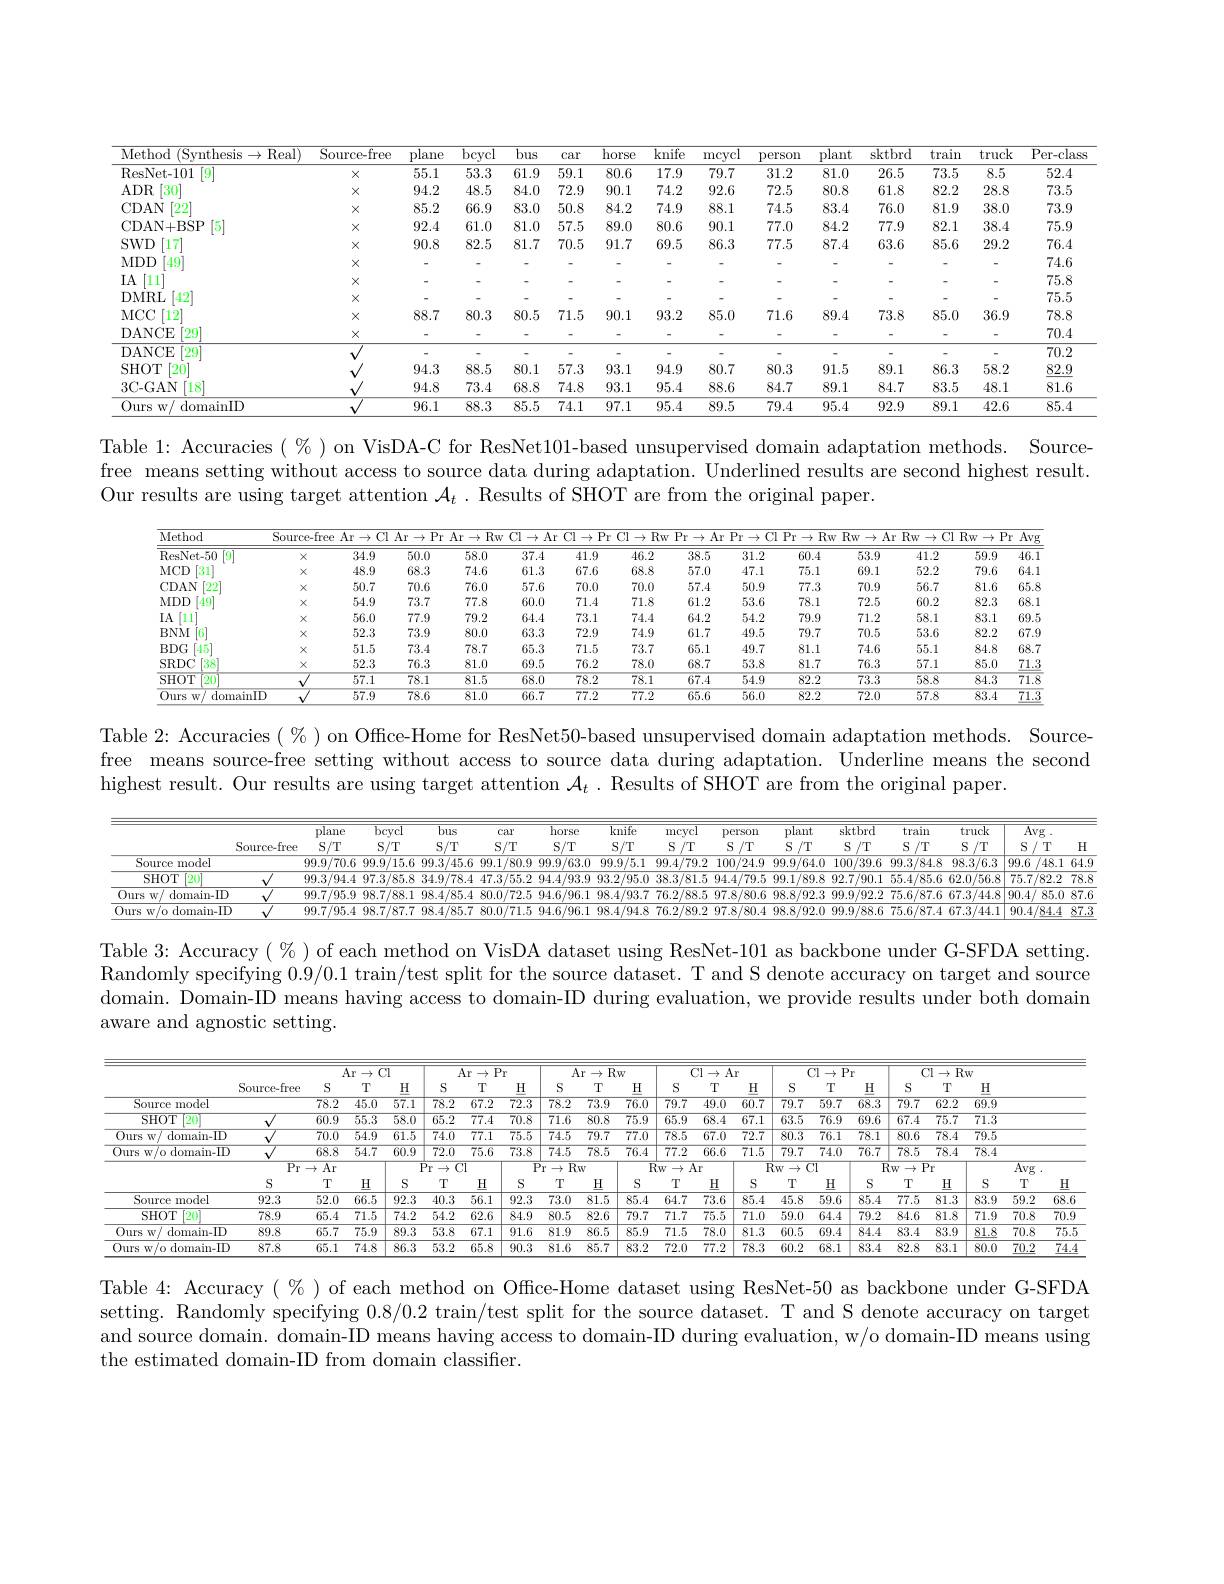
<table>
	<tbody>
		<tr>
			<th>Method (Synthesis$\to$Real)</th>
			<th>Source-free</th>
			<th>plane</th>
			<th>bcycl</th>
			<th>$\overline{bus}$</th>
			<th>car</th>
			<th>horse</th>
			<th>knife</th>
			<th>mcycl</th>
			<th>person</th>
			<th>plant</th>
			<th>sktbrd</th>
			<th>train</th>
			<th>truck</th>
			<th>Per- class</th>
		</tr>
		<tr>
			<td>ResNet- 101 $[9^{\cdot}$</td>
			<td>$X$</td>
			<td>55.1</td>
			<td>53.3</td>
			<td>61.9</td>
			<td>59.1</td>
			<td>80.6</td>
			<td>17.9</td>
			<td>79.7</td>
			<td>31.2</td>
			<td>81.0</td>
			<td>26.5</td>
			<td>73.5</td>
			<td>8.5</td>
			<td>52.4</td>
		</tr>
		<tr>
			<td>$ADR$ $\lceil30\rceil$</td>
			<td>$X$</td>
			<td>94.2</td>
			<td>48.5</td>
			<td>84.0</td>
			<td>72.9</td>
			<td>90.1</td>
			<td>74.2</td>
			<td>92.6</td>
			<td>72.5</td>
			<td>80.8</td>
			<td>61.8</td>
			<td>82.2</td>
			<td>28.8</td>
			<td>73.5</td>
		</tr>
		<tr>
			<td>$\left\lceil22\right\rceil$ CDAN</td>
			<td>$X$</td>
			<td>85.2</td>
			<td>66.9</td>
			<td>83.0</td>
			<td>50.8</td>
			<td>84.2</td>
			<td>74.9</td>
			<td>88.1</td>
			<td>74.5</td>
			<td>83.4</td>
			<td>76.0</td>
			<td>81.9</td>
			<td>38.0</td>
			<td>73.9</td>
		</tr>
		<tr>
			<td>[5] CDAN+ BSP</td>
			<td>$X$</td>
			<td>92.4</td>
			<td>61.0</td>
			<td>81.0</td>
			<td>57.5</td>
			<td>89.0</td>
			<td>80.6</td>
			<td>90.1</td>
			<td>77.0</td>
			<td>84.2</td>
			<td>77.9</td>
			<td>82.1</td>
			<td>38.4</td>
			<td>75.9</td>
		</tr>
		<tr>
			<td>$SWD$ [17]</td>
			<td>$X$</td>
			<td>90.8</td>
			<td>82.5</td>
			<td>81.7</td>
			<td>70.5</td>
			<td>91.7</td>
			<td>69.5</td>
			<td>86.3</td>
			<td>77.5</td>
			<td>87.4</td>
			<td>63.6</td>
			<td>85.6</td>
			<td>29.2</td>
			<td>76.4</td>
		</tr>
		<tr>
			<td>[49] $MDD$</td>
			<td>$X$</td>
			<td> </td>
			<td> </td>
			<td> </td>
			<td> </td>
			<td> </td>
			<td> </td>
			<td> </td>
			<td> </td>
			<td> </td>
			<td> </td>
			<td> </td>
			<td> </td>
			<td>74.6</td>
		</tr>
		<tr>
			<td>IA $[11]^{*}$</td>
			<td>$X$</td>
			<td> </td>
			<td> </td>
			<td> </td>
			<td> </td>
			<td> </td>
			<td> </td>
			<td> </td>
			<td> </td>
			<td> </td>
			<td> </td>
			<td> </td>
			<td> </td>
			<td>75.8</td>
		</tr>
		<tr>
			<td>DMRL [42]</td>
			<td>$X$</td>
			<td> </td>
			<td> </td>
			<td> </td>
			<td> </td>
			<td> </td>
			<td> </td>
			<td> </td>
			<td> </td>
			<td> </td>
			<td> </td>
			<td> </td>
			<td> </td>
			<td>75.5</td>
		</tr>
		<tr>
			<td>MCC [12]</td>
			<td>$X$</td>
			<td>88.7</td>
			<td>80.3</td>
			<td>80.5</td>
			<td>71.5</td>
			<td>90.1</td>
			<td>93.2</td>
			<td>85.0</td>
			<td>71.6</td>
			<td>89.4</td>
			<td>73.8</td>
			<td>85.0</td>
			<td>36.9</td>
			<td>78.8</td>
		</tr>
		<tr>
			<td>DANCE $\lceil29\rceil$</td>
			<td>$X$</td>
			<td> </td>
			<td> </td>
			<td> </td>
			<td> </td>
			<td> </td>
			<td> </td>
			<td> </td>
			<td> </td>
			<td> </td>
			<td> </td>
			<td> </td>
			<td> </td>
			<td>70.4</td>
		</tr>
		<tr>
			<td>DANCE $\lceil29\rceil$</td>
			<td> </td>
			<td> </td>
			<td> </td>
			<td> </td>
			<td> </td>
			<td> </td>
			<td> </td>
			<td> </td>
			<td> </td>
			<td> </td>
			<td> </td>
			<td> </td>
			<td> </td>
			<td>70.2</td>
		</tr>
		<tr>
			<td>$\lceil20\rceil$ SHOT</td>
			<td> </td>
			<td>94.3</td>
			<td>88.5</td>
			<td>80.1</td>
			<td>57.3</td>
			<td>93.1</td>
			<td>94.9</td>
			<td>80.7</td>
			<td>80.3</td>
			<td>91.5</td>
			<td>89.1</td>
			<td>86.3</td>
			<td>58.2</td>
			<td>$\underline{82.9}$</td>
		</tr>
		<tr>
			<td>$3C-GAN$ [18]</td>
			<td> </td>
			<td>94.8</td>
			<td>73.4</td>
			<td>68.8</td>
			<td>74.8</td>
			<td>93.1</td>
			<td>95.4</td>
			<td>88.6</td>
			<td>84.7</td>
			<td>89.1</td>
			<td>84.7</td>
			<td>83.5</td>
			<td>48.1</td>
			<td>81.6</td>
		</tr>
		<tr>
			<td>0urs w/ o domainID</td>
			<td> </td>
			<td>96.1</td>
			<td>88.3</td>
			<td>85.5</td>
			<td>74.1</td>
			<td>97.1</td>
			<td>95.4</td>
			<td>89.5</td>
			<td>79.4</td>
			<td>95.4</td>
			<td>92.9</td>
			<td>89.1</td>
			<td>42.6</td>
			<td>85.4</td>
		</tr>
	</tbody>
</table>

Table 1: Accuracies $(\%)$ on VisDA-C for ResNet101-based unsupervised domain adaptation methods. Sourcefree means setting without access to source data during adaptation. Underlined results are second highest result. Our results are using target attention $\mathcal{A}_t$ . Results of SHOT are from the original paper.

<table>
	<tbody>
		<tr>
			<th>Method</th>
			<th>Source-free</th>
			<th>$\overline{\mathrm{Ar}\to\mathrm{Cl}}$</th>
			<th>Ar $Pr$ $\rightarrow$ C</th>
			<th>$\overline{\mathrm{Ar}\to}$ $Rw$</th>
			<th>$\overline{\mathrm{Cl}\to.}$ Ar</th>
			<th>$\overline{\mathrm{Cl}\rightarrow}$ $Pr$</th>
			<th>Cl $Rw$ $1\rightarrow$</th>
			<th>$\overline{\mathrm{Pr}\to\iota}$ $Ar$ </th>
			<th>$Pr$ $\rightarrow$ $C$ 1 T T</th>
			<th>$\overline{\mathrm{Pr}\rightarrow}$ $Rw$</th>
			<th>$Rw$ $i\to\mathbb{A}$</th>
			<th>$Rw$ .1 $\rightarrow$ C</th>
			<th>lRw P $'\to1$ ,</th>
			<th>$\overline{\mathrm{Avg}}$ $Y$ </th>
		</tr>
		<tr>
			<td>ResNet- 50 [9]</td>
			<td>$X$</td>
			<td>34.9</td>
			<td>50.0</td>
			<td>58.0</td>
			<td>37.4</td>
			<td>41.9</td>
			<td>46.2</td>
			<td>38.5</td>
			<td>31.2</td>
			<td>60.4</td>
			<td>53.9</td>
			<td>41.2</td>
			<td>59.9</td>
			<td>46.1</td>
		</tr>
		<tr>
			<td>$MCD$ $\begin{bmatrix}31\\31\end{bmatrix}$</td>
			<td>$X$</td>
			<td>48.9</td>
			<td>68.3</td>
			<td>74.6</td>
			<td>61.3</td>
			<td>67.6</td>
			<td>68.8</td>
			<td>57.0</td>
			<td>47.1</td>
			<td>75.1</td>
			<td>69.1</td>
			<td>52.2</td>
			<td>79.6</td>
			<td>64.1</td>
		</tr>
		<tr>
			<td>CDAN $\lceil22$</td>
			<td>$X$</td>
			<td>50.7</td>
			<td>70.6</td>
			<td>76.0</td>
			<td>57.6</td>
			<td>70.0</td>
			<td>70.0</td>
			<td>57.4</td>
			<td>50.9</td>
			<td>77.3</td>
			<td>70.9</td>
			<td>56.7</td>
			<td>81.6</td>
			<td>65.8</td>
		</tr>
		<tr>
			<td>$MDD$ $[49]^*$</td>
			<td>$X$</td>
			<td>54.9</td>
			<td>73.7</td>
			<td>77.8</td>
			<td>60.0</td>
			<td>71.4</td>
			<td>71.8</td>
			<td>61.2</td>
			<td>53.6</td>
			<td>78.1</td>
			<td>72.5</td>
			<td>60.2</td>
			<td>82.3</td>
			<td>68.1</td>
		</tr>
		<tr>
			<td>IA [11]</td>
			<td>$X$</td>
			<td>56.0</td>
			<td>77.9</td>
			<td>79.2</td>
			<td>64.4</td>
			<td>73.1</td>
			<td>74.4</td>
			<td>64.2</td>
			<td>54.2</td>
			<td>79.9</td>
			<td>71.2</td>
			<td>58.1</td>
			<td>83.1</td>
			<td>69.5</td>
		</tr>
		<tr>
			<td>$BNM$ 6</td>
			<td>$X$</td>
			<td>52.3</td>
			<td>73.9</td>
			<td>80.0</td>
			<td>63.3</td>
			<td>72.9</td>
			<td>74.9</td>
			<td>61.7</td>
			<td>49.5</td>
			<td>79.7</td>
			<td>70.5</td>
			<td>53.6</td>
			<td>82.2</td>
			<td>67.9</td>
		</tr>
		<tr>
			<td>$BDG$ $\left[45\right.^{*}$</td>
			<td>$X$</td>
			<td>51.5</td>
			<td>73.4</td>
			<td>78.7</td>
			<td>65.3</td>
			<td>71.5</td>
			<td>73.7</td>
			<td>65.1</td>
			<td>49.7</td>
			<td>81.1</td>
			<td>74.6</td>
			<td>55.1</td>
			<td>84.8</td>
			<td>68.7</td>
		</tr>
		<tr>
			<td>SRDC $[38^{\prime}]$</td>
			<td>$X$</td>
			<td>52.3</td>
			<td>76.3</td>
			<td>81.0</td>
			<td>69.5</td>
			<td>76.2</td>
			<td>78.0</td>
			<td>68.7</td>
			<td>53.8</td>
			<td>81.7</td>
			<td>76.3</td>
			<td>57.1</td>
			<td>85.0</td>
			<td>71.3</td>
		</tr>
		<tr>
			<td>SHOT $\boxed{20}$</td>
			<td> </td>
			<td>$\overline{57.1}$</td>
			<td>$\overline{78.1}$</td>
			<td>$\overline{81.5}$</td>
			<td>$\overline{68.0}$</td>
			<td>78.2</td>
			<td>$\overline{78.1}$</td>
			<td>$\overline{67.4}$</td>
			<td>$\overline{54.9}$</td>
			<td>82.2</td>
			<td>$\overline{73.3}$</td>
			<td>$\overline{58.8}$</td>
			<td>$\overline{84.3}$</td>
			<td>71.8</td>
		</tr>
		<tr>
			<td>Ours 3 W/ domainID 1</td>
			<td> </td>
			<td>57.9</td>
			<td>78.6</td>
			<td>81.0</td>
			<td>$\overline{66.7}$</td>
			<td>77.2</td>
			<td>77.2</td>
			<td>$\overline{65.6}$</td>
			<td>56.0</td>
			<td>82.2</td>
			<td>72.0</td>
			<td>57.8</td>
			<td>83.4</td>
			<td>$\underline{71.3}$</td>
		</tr>
	</tbody>
</table>

Table 2: Accuracies $(\%)$ on Office-Home for ResNet50-based unsupervised domain adaptation methods. Sourcefree means source-free setting without access to source data during adaptation. Underline means the second highest result. Our results are using target attention $\mathcal{A}_t.$ Results of SHOT are from the original paper.

<table>
	<tbody>
		<tr>
			<th> </th>
			<th> </th>
			<th>plane</th>
			<th>bcycl</th>
			<th rowspan="2">$\overline{\text{bus}}$ $S/T$</th>
			<th>car</th>
			<th rowspan="2">horse $S/T$</th>
			<th>knife</th>
			<th>mcvcl</th>
			<th>plant $\nu ll$</th>
			<th>sktbro</th>
			<th>train</th>
			<th>truck</th>
			<th rowspan="2">$\overline{\mathrm{Avg~}}.$ S $f^{\prime}$ T T</th>
			<th> </th>
		</tr>
		<tr>
			<th> </th>
			<th>Source. -free</th>
			<th>$S/T$</th>
			<th>$S/T$</th>
			<th>$S/T$</th>
			<th>$S/T$</th>
			<th>S $/^{\prime}$T</th>
			<th>S $/T$ 1</th>
			<th>S $/T$</th>
			<th>S /T</th>
			<th>S $I^{\prime}T$</th>
			<th>$H$</th>
		</tr>
		<tr>
			<td>Source model</td>
			<td> </td>
			<td>99.9/70.6</td>
			<td>99.9/15.6</td>
			<td>99.3/45.6</td>
			<td>99.1/80.9</td>
			<td>99.9/63.0</td>
			<td>99.9/5.1</td>
			<td>99.4/79.2</td>
			<td>4.9 99.9/6</td>
			<td>0 100 39</td>
			<td>6 99.3/84.</td>
			<td>98.3/6.3</td>
			<td>99.6 /48.1</td>
			<td>$\overline{64}$</td>
		</tr>
		<tr>
			<td>SHOT [20]</td>
			<td> </td>
			<td>99.3/94.4</td>
			<td>97.3/85.8</td>
			<td>34.9/78.4</td>
			<td>47.3/55.2</td>
			<td>94.4/93.9</td>
			<td>93.2/95.0</td>
			<td>38.3/81.5</td>
			<td>9.5 99.1/8 1</td>
			<td>92.7/90 8</td>
			<td>1 55.4/85.</td>
			<td>62.0/56. T</td>
			<td>75.7/82.2</td>
			<td>$\overline{78}.$</td>
		</tr>
		<tr>
			<td>0urs w/ c domain-ID</td>
			<td> </td>
			<td>99.7/95.9</td>
			<td>98.7/88.1</td>
			<td>98.4/85.4</td>
			<td>80.0/72.5</td>
			<td>94.6/96.1</td>
			<td>98.4/93.7</td>
			<td>76.2/88.5</td>
			<td>0.6 98.8/9</td>
			<td>3 99.9/ /92</td>
			<td>2 75.6/87. 7 1</td>
			<td>67.3/44.5 T</td>
			<td>90.4/ 85.0</td>
			<td>$\overline{87}$</td>
		</tr>
		<tr>
			<td>Ours w/o domain-ID</td>
			<td> </td>
			<td>99.7/95.4</td>
			<td>98.7/87.7</td>
			<td>98.4/85.7</td>
			<td>80.0/71.5</td>
			<td>94.6/96.1</td>
			<td>98.4/94.8</td>
			<td>76.2/89.2</td>
			<td>0.4 98.8/9</td>
			<td>0 99.9/88</td>
			<td>6 75.6/87.</td>
			<td>67.3/44. 4</td>
			<td>90.4/84.4 1</td>
			<td>$\underline{87}$</td>
		</tr>
	</tbody>
</table>

Table 3: Accuracy( % )of each method on VisDA dataset using ResNet-101 as backbone under G-SFDA setting. Randomly specifying 0.9/0.1 train/test split for the source dataset. T and S denote accuracy on target and source domain. Domain-ID means having access to domain-ID during evaluation, we provide results under both domain aware and agnostic setting.

<table>
	<tbody>
		<tr>
			<th> </th>
			<th> </th>
			<th colspan="3">Ar$\to$Cl</th>
			<th colspan="2">Ar$\to$Pr</th>
			<th> </th>
			<th colspan="3">Ar$\to$Rw</th>
			<th> </th>
			<th colspan="3">Cl$\to$Ar</th>
			<th colspan="2">Cl$\to$Pr</th>
			<th> </th>
			<th colspan="4">Cl$\to$Rw</th>
		</tr>
		<tr>
			<th> </th>
			<th>Source-free</th>
			<th>S</th>
			<th>T</th>
			<th>H</th>
			<th>S</th>
			<th>H</th>
			<th>I S</th>
			<th>$T$</th>
			<th>$T$</th>
			<th>H</th>
			<th>S</th>
			<th>$T$</th>
			<th>H</th>
			<th>$H$</th>
			<th>S</th>
			<th>T</th>
			<th>1 $S_{ij}$</th>
			<th>T</th>
			<th>$H$</th>
			<th> </th>
			<th> </th>
		</tr>
		<tr>
			<td>Source model</td>
			<td> </td>
			<td>$\overline{78.2}$</td>
			<td>$\overline{45.0}$</td>
			<td>$\overline{57.1}$</td>
			<td>$\overline{78.2}$</td>
			<td>$\overline{72.3}$</td>
			<td>$.\overline{3}$ 78.</td>
			<td>$\overline{73.}$ .2</td>
			<td>$\overline{3.9}$ 7</td>
			<td>$\overline{76.0}$</td>
			<td>$\overline{79.7}$</td>
			<td>$\overline{49.0}$</td>
			<td>0 $\overline{60.7}$</td>
			<td>$\overline{60.7}$</td>
			<td>$\overline{79.7}$</td>
			<td>$\overline{9.7}$ $\overline{68}$</td>
			<td>$\overline{1.3}$ $\overline{79}$</td>
			<td>$\overline{62.2}$ 7</td>
			<td>$\overline{69.9}$</td>
			<td> </td>
			<td> </td>
		</tr>
		<tr>
			<td>SHOT $\lceil20\rceil$</td>
			<td> </td>
			<td>$\overline{60.9}$</td>
			<td>$\overline{55.3}$</td>
			<td>$\overline{58.0}$</td>
			<td>$\overline{5.2}$</td>
			<td>$\overline{70.8}$</td>
			<td>$\overline{.8}$ $\overline{71}$</td>
			<td>$\overline{80.}$ .6</td>
			<td>${:}\overline{0.8}$ 7</td>
			<td>$\overline{75.9}$</td>
			<td>$\overline{65.9}$</td>
			<td>$\overline{68.4}$</td>
			<td>4 $\overline{67.1}$</td>
			<td>$\overline{67.1}$</td>
			<td>$\overline{63.5}$</td>
			<td>$\overline{6.9}$ $\overline{6}!$</td>
			<td>$\overline{1.6}$ $\overline{67}$</td>
			<td>$\overline{75.7}$ 4</td>
			<td>$\overline{71.3}$</td>
			<td> </td>
			<td> </td>
		</tr>
		<tr>
			<td>Ours w/ domain-ID</td>
			<td> </td>
			<td>$\overline{70.0}$</td>
			<td>$\overline{54.9}$</td>
			<td>51.5</td>
			<td>$\overline{74.0}$</td>
			<td>$\overline{75.5}$</td>
			<td>.5 $\overline{74}.$</td>
			<td>.5 $\overline{79.}$</td>
			<td>$\overline{9.7}$ 7</td>
			<td>$\overline{77.0}$</td>
			<td>$\overline{78.5}$</td>
			<td>$\overline{67.0}$</td>
			<td>0 72.7</td>
			<td>$\overline{72.7}$</td>
			<td>$\overline{80.3}$</td>
			<td>$\overline{6.1}$ $\overline{7}$</td>
			<td>$\overline{\text{,}1}$ 80</td>
			<td>$\overline{78.4}$ 6</td>
			<td>$\overline{79.5}$</td>
			<td> </td>
			<td> </td>
		</tr>
		<tr>
			<td rowspan="3">Ours w/o domain-ID</td>
			<td> </td>
			<td>$\overline{68.8}$</td>
			<td>$\overline{54.7}$</td>
			<td>$\overline{30.9}$</td>
			<td>$\overline{72.0}$</td>
			<td>$\overline{73.8}$</td>
			<td>$\overline{.8}$ $\overline{74}.$</td>
			<td>.5 $\overline{78.}$</td>
			<td>$\overline{8.5}$ 7</td>
			<td>$\overline{76.4}$</td>
			<td>$\overline{77.2}$</td>
			<td>$\overline{66.6}$</td>
			<td>$\overline{71.5}$ 6</td>
			<td>$\overline{71.5}$</td>
			<td>$\overline{79.7}$</td>
			<td>$\overline{7t}$ $\overline{4.0}$</td>
			<td>$\overline{1.7}$ $\overline{78}$</td>
			<td>5 $\overline{78.4}$</td>
			<td>$\overline{78.4}$</td>
			<td> </td>
			<td> </td>
		</tr>
		<tr>
			<td>$\overline{Pr}$</td>
			<td colspan="2">Pr$\to$Ar</td>
			<td>$\overline{\mathrm{Pr}}$</td>
			<td rowspan="1"> </td>
			<td> </td>
			<td>$\overline{{\mathrm{P}_{\mathrm{T}}}}$ $\rightarrow$</td>
			<td>$\overline{Rw}$</td>
			<td> </td>
			<td>$\overline{\mathbb{R}}$</td>
			<td colspan="3"> </td>
			<td>$\overline{R_{\mathrm{w}}}$</td>
			<td colspan="2">$\mathbf{R}_{\mathrm{W}}\to$Cl $\overline{R}$</td>
			<td colspan="2">Rw$\to$Pr</td>
			<td rowspan="1">$\overline{\mathrm{Avg}}.$</td>
			<td colspan="2">$\overline{\mathrm{Avg}}.$</td>
		</tr>
		<tr>
			<td>S</td>
			<td>$T$</td>
			<td>H</td>
			<td>S</td>
			<td>$T$</td>
			<td>S</td>
			<td>T 1</td>
			<td rowspan="1">LLIV $H$ T</td>
			<td>H</td>
			<td>S</td>
			<td>T</td>
			<td>H</td>
			<td>S</td>
			<td>S</td>
			<td>T</td>
			<td>$H$</td>
			<td>5 $T$</td>
			<td>H</td>
			<td>S</td>
			<td colspan="2">S T H</td>
		</tr>
		<tr>
			<td>Source model</td>
			<td>92.3</td>
			<td>52.0</td>
			<td>66.5</td>
			<td>92.3</td>
			<td>10.3</td>
			<td>92.3</td>
			<td>.3 73</td>
			<td>81. .0</td>
			<td>$\overline{1.5}$ 8</td>
			<td>85.4</td>
			<td>64.7</td>
			<td>73.6</td>
			<td>85.4 6</td>
			<td>85.4</td>
			<td>45.8</td>
			<td>9.6 8!</td>
			<td>$i.4$ 77</td>
			<td>5 $\overline{81.3}$</td>
			<td>$\overline{83.9}$</td>
			<td>59.2</td>
			<td>68.6</td>
		</tr>
		<tr>
			<td>SHOT $\lceil20\rceil$</td>
			<td>78.9</td>
			<td>65.4</td>
			<td>$\overline{71.5}$</td>
			<td>74.2</td>
			<td>54.2</td>
			<td>84.9</td>
			<td>.9 80.</td>
			<td>5 82.</td>
			<td>2.6 7</td>
			<td>79.7</td>
			<td>$\overline{71.7}$</td>
			<td>$\overline{75.5}$</td>
			<td>$\overline{71.0}$ 5</td>
			<td>71.0</td>
			<td>59.0</td>
			<td>4.4 7!</td>
			<td>1.2 84</td>
			<td>81.8 6</td>
			<td>$\overline{71.9}$</td>
			<td>70.8</td>
			<td>$\overline{70.9}$</td>
		</tr>
		<tr>
			<td>0urs w/ c domain-ID</td>
			<td>89.8</td>
			<td>65.7</td>
			<td>$\overline{75.9}$</td>
			<td>89.3</td>
			<td>$\overline{53.8}$</td>
			<td>91.6</td>
			<td>$.\overline{6}$ 81</td>
			<td>86. .9</td>
			<td>{:6.5}</td>
			<td>85.9</td>
			<td>$\overline{71.5}$</td>
			<td>78.0</td>
			<td>81.3 0</td>
			<td>81.3</td>
			<td>60.5</td>
			<td>9.4 8</td>
			<td>1.4 83</td>
			<td>83.9 4</td>
			<td>$\underline{81.8}$</td>
			<td>70.8</td>
			<td>$\overline{75.5}$</td>
		</tr>
		<tr>
			<td>Ours v w/ o domain- ID</td>
			<td>87.8</td>
			<td>65.1</td>
			<td>$\overline{74.8}$</td>
			<td>86.3</td>
			<td>53.2</td>
			<td>90.3</td>
			<td>.3 81</td>
			<td>.6 85.</td>
			<td>5.7</td>
			<td>83.2</td>
			<td>72.0</td>
			<td>77.2</td>
			<td>78.3 2</td>
			<td>78.3</td>
			<td>60.2</td>
			<td>8.1 8.</td>
			<td>1.4 82</td>
			<td>83.1 8</td>
			<td>80.0</td>
			<td>70.2</td>
			<td>74.</td>
		</tr>
	</tbody>
</table>

Table 4: Accuracy $(\%)$ of each method on Office-Home dataset using ResNet-50 as backbone under G-SFDA setting. Randomly specifying 0.8/0.2 train/test split for the source dataset. T and S denote accuracy on target and source domain. domain-ID means having access to domain-ID during evaluation, w/o domain-ID means using the estimated domain-ID from domain classifier.